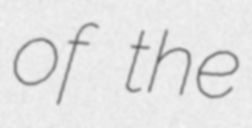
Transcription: of the